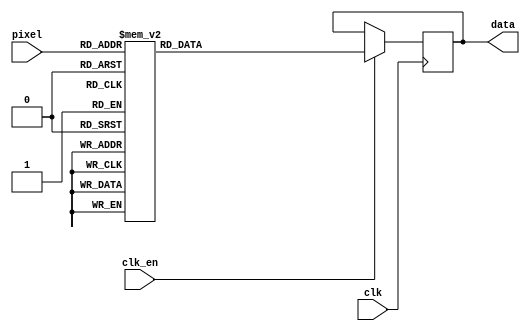
module g_red_lut(
	input clk,
	input clk_en,
	input [4:0] pixel,

	output reg [7:0] data
);

	always@(posedge clk) begin
		if(clk_en) begin
			case(pixel)
				5'h00: data <= 8'b00000000;
				5'h01: data <= 8'b00001001;
				5'h02: data <= 8'b00010000;
				5'h03: data <= 8'b00010101;
				5'h04: data <= 8'b00011000;
				5'h05: data <= 8'b00011100;
				5'h06: data <= 8'b00011111;
				5'h07: data <= 8'b00100001;
				5'h08: data <= 8'b00100011;
				5'h09: data <= 8'b00100110;
				5'h0A: data <= 8'b00100111;
				5'h0B: data <= 8'b00101001;
				5'h0C: data <= 8'b00101011;
				5'h0D: data <= 8'b00101100;
				5'h0E: data <= 8'b00101110;
				5'h0F: data <= 8'b00110000;
				5'h10: data <= 8'b00110010;
				5'h11: data <= 8'b00110100;
				5'h12: data <= 8'b00110110;
				5'h13: data <= 8'b00111000;
				5'h14: data <= 8'b00111001;
				5'h15: data <= 8'b00111011;
				5'h16: data <= 8'b00111101;
				5'h17: data <= 8'b00111110;
				5'h18: data <= 8'b01000000;
				5'h19: data <= 8'b01000001;
				5'h1A: data <= 8'b01000011;
				5'h1B: data <= 8'b01000100;
				5'h1C: data <= 8'b01000110;
				5'h1D: data <= 8'b01001000;
				5'h1E: data <= 8'b01001011;
				5'h1F: data <= 8'b01010001;
			endcase
		end
	end

endmodule